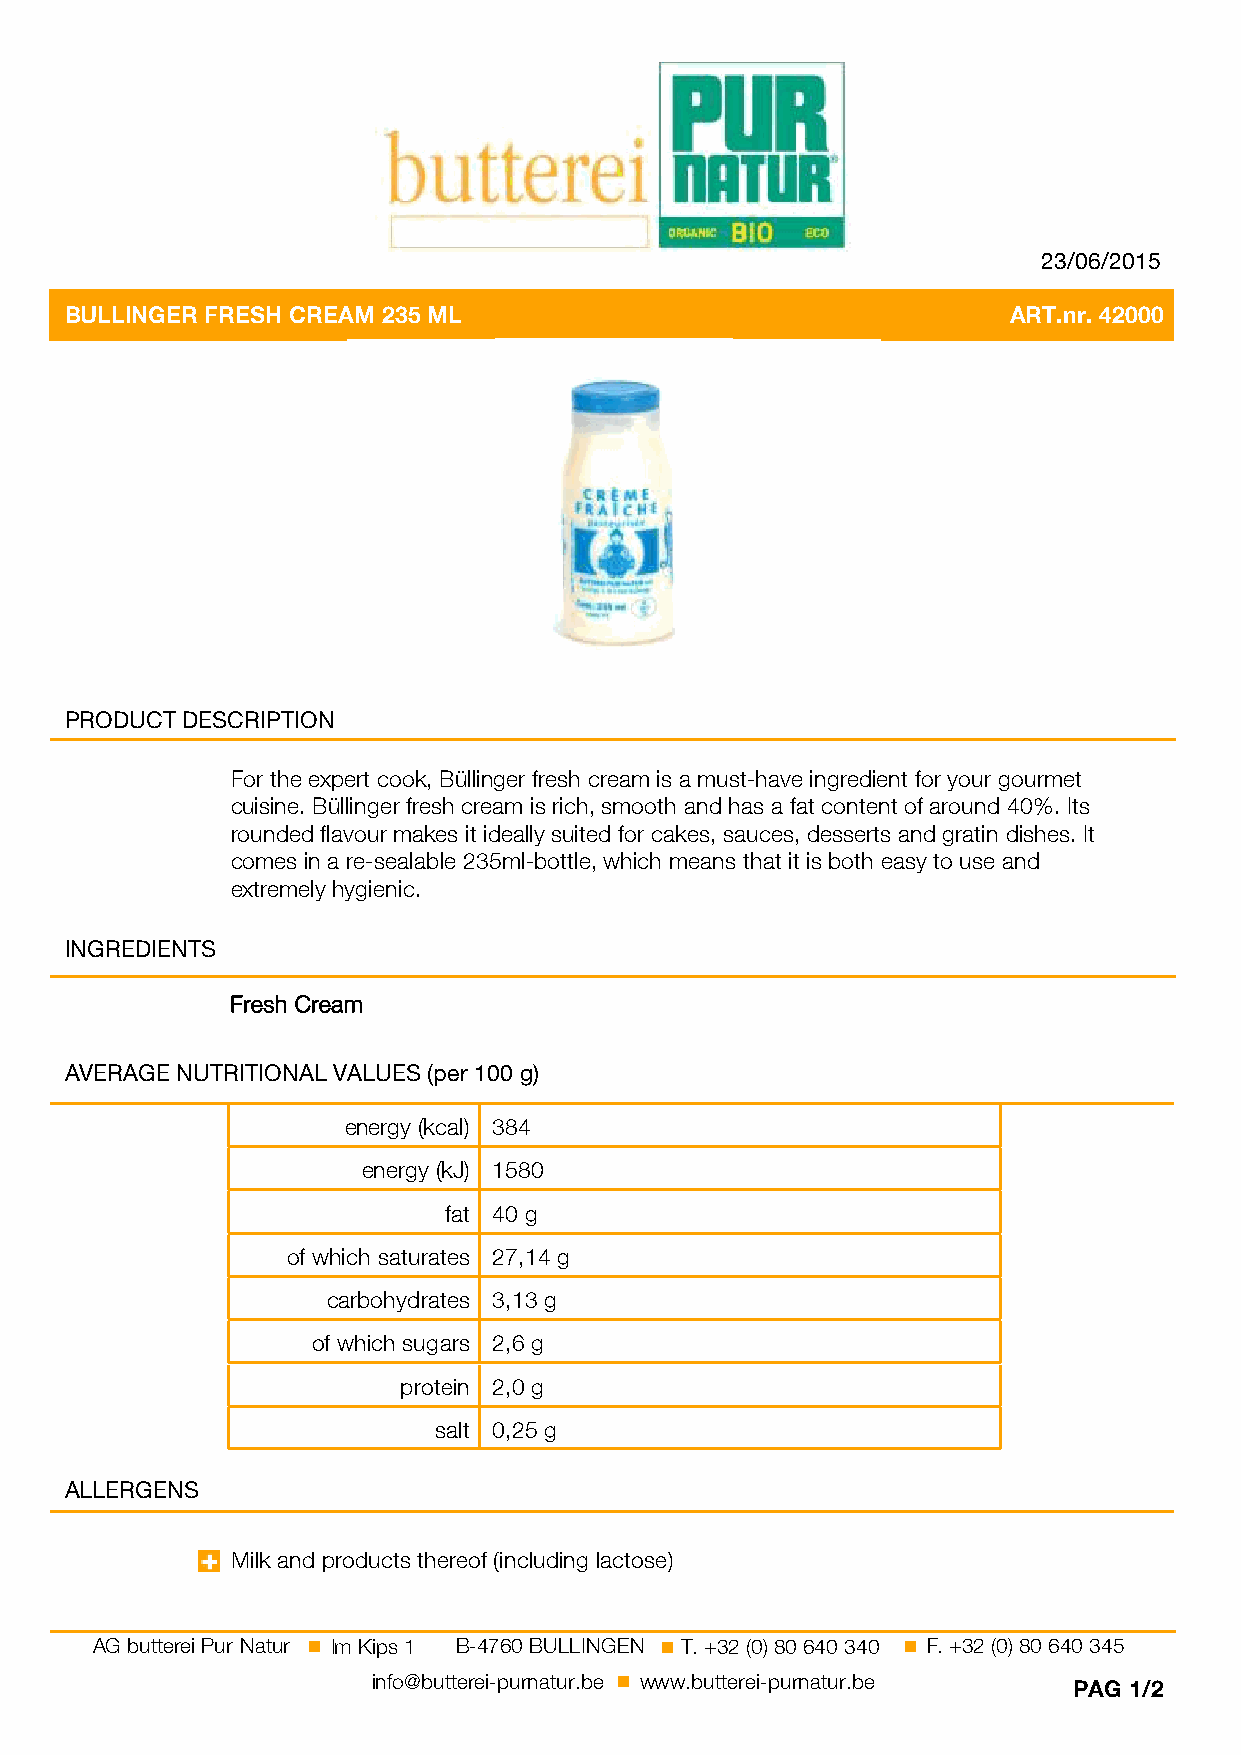
23/06/2015
 ART.nr. 42000
 BULLINGER FRESH CREAM 235 ML                                   ART.nr. 42000
 PRODUCT DESCRIPTION
 For the expert cook, Büllinger fresh cream is a must-have ingredient for your gourmet
 cuisine. Büllinger fresh cream is rich, smooth and has a fat content of around 40%. Its
 rounded flavour makes it ideally suited for cakes, sauces, desserts and gratin dishes. It
 comes in a re-sealable 235ml-bottle, which means that it is both easy to use and
 extremely hygienic.
 INGREDIENTS
 Fresh Cream
 AVERAGE NUTRITIONAL VALUES (per 100 g)
 energy (kcal) 384
 energy (kJ) 1580
 fat 40 g
 of which saturates 27,14 g
 carbohydrates 3,13 g
 of which sugars 2,6 g
 protein 2,0 g
 salt 0,25 g
 ALLERGENS
 Milk and products thereof (including lactose)
 AG butterei Pur Natur Im Kips 1 B-4760 BULLINGEN T. +32 (0) 80 640 340 F. +32 (0) 80 640 345
 info@butterei-purnatur.be www.butterei-purnatur.be
 PAG 1/2